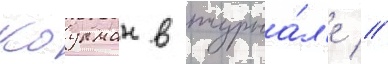
коулман в журна́л'е //